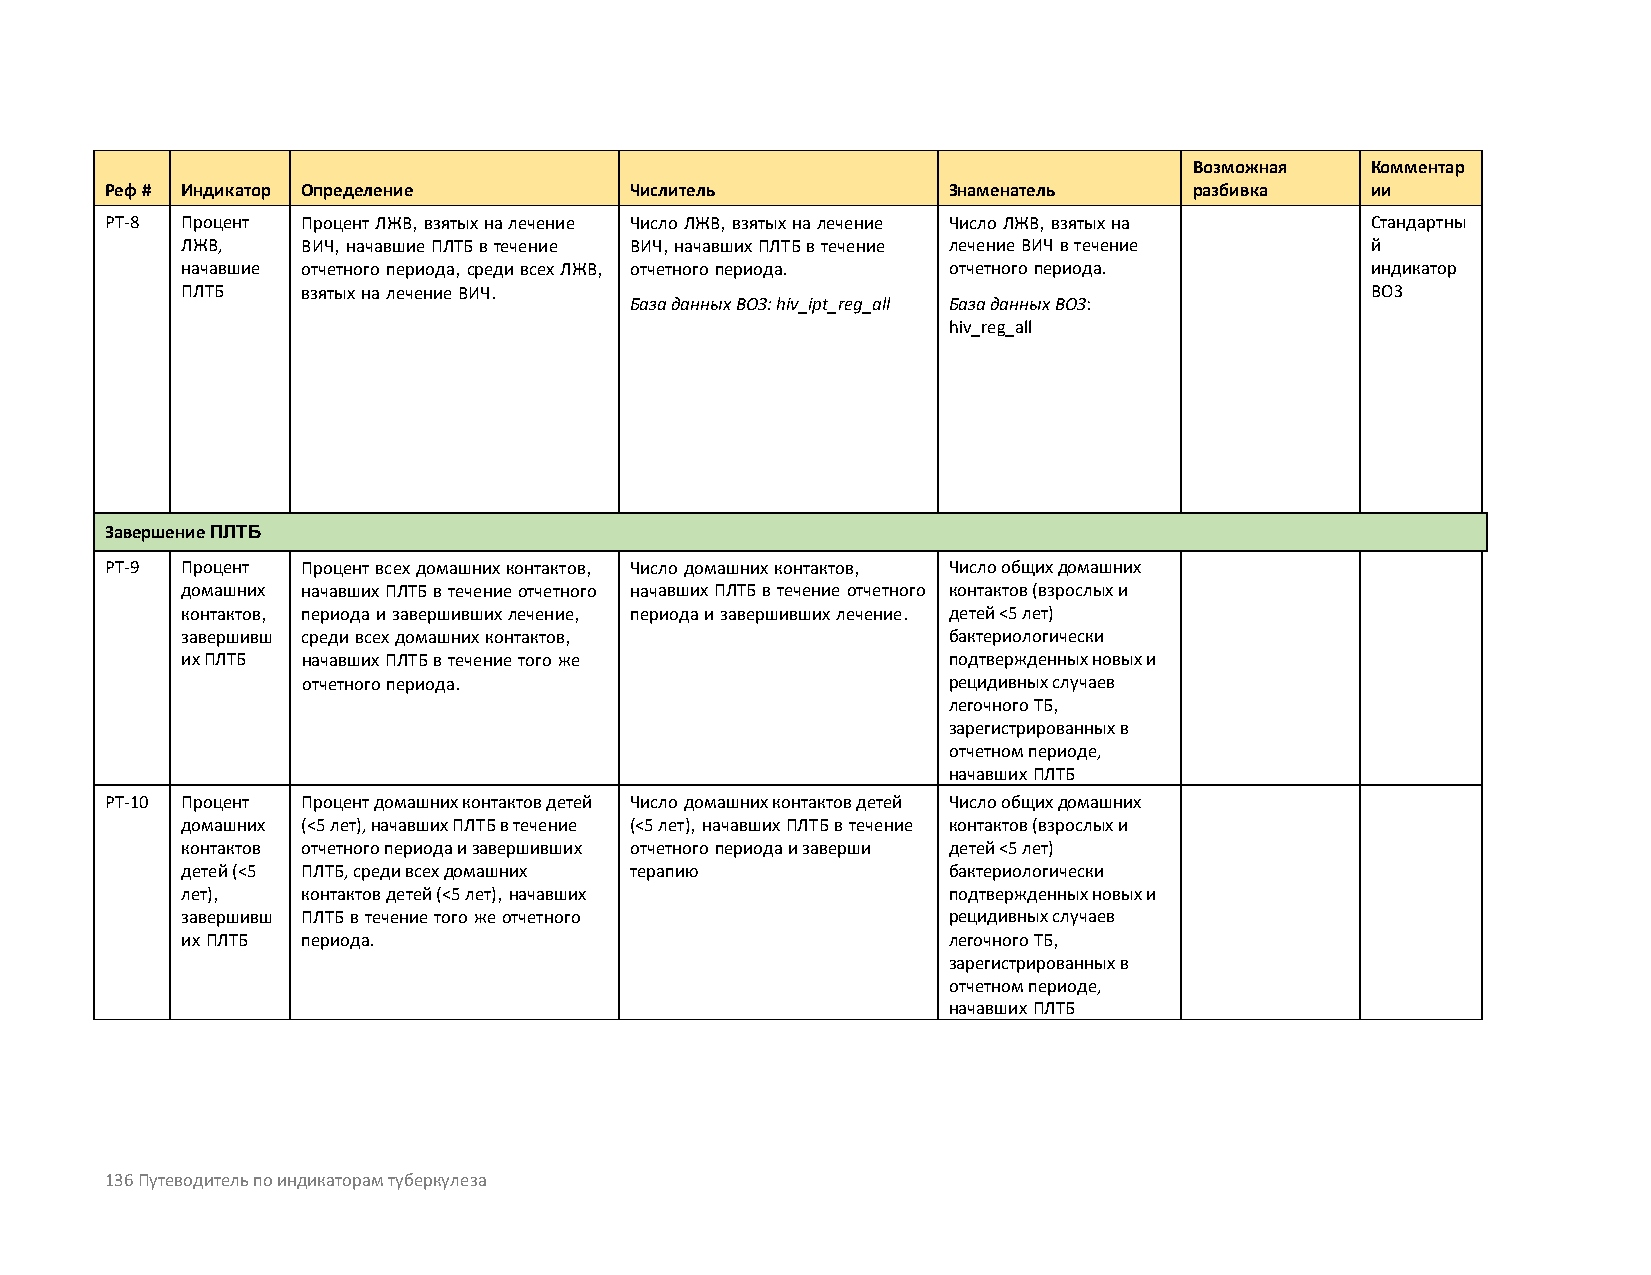
Возможная   Комментар
 Реф # Индикатор Определение        Числитель            Знаменатель     разбивка    ии
 PT-8 Процент Процент ЛЖВ, взятых на лечение Число ЛЖВ, взятых на лечение Число ЛЖВ, взятых на Стандартны
 ЛЖВ,    ВИЧ, начавшие ПЛТБ в течение ВИЧ, начавших ПЛТБ в течение лечение ВИЧ в течение й
 начавшие отчетного периода, среди всех ЛЖВ, отчетного периода. отчетного периода. индикатор
 ПЛТБ    взятых на лечение ВИЧ.                                                 ВОЗ
 База данных ВОЗ: hiv_ipt_reg_all База данных ВОЗ:
 hiv_reg_all
 Завершение ПЛТБ
 PT-9 Процент Процент всех домашних контактов, Число домашних контактов, Число общих домашних
 домашних начавших ПЛТБ в течение отчетного начавших ПЛТБ в течение отчетного контактов (взрослых и
 контактов, периода и завершивших лечение, периода и завершивших лечение. детей <5 лет)
 завершивш среди всех домашних контактов,           бактериологически
 их ПЛТБ начавших ПЛТБ в течение того же            подтвержденных новых и
 отчетного периода.                         рецидивных случаев
 легочного ТБ,
 зарегистрированных в
 отчетном периоде,
 начавших ПЛТБ
 PT-10 Процент Процент домашних контактов детей Число домашних контактов детей Число общих домашних
 домашних (<5 лет), начавших ПЛТБ в течение (<5 лет), начавших ПЛТБ в течение контактов (взрослых и
 контактов отчетного периода и завершивших отчетного периода и заверши детей <5 лет)
 детей (<5 ПЛТБ, среди всех домашних терапию        бактериологически
 лет),   контактов детей (<5 лет), начавших         подтвержденных новых и
 завершивш ПЛТБ в течение того же отчетного         рецидивных случаев
 их ПЛТБ периода.                                   легочного ТБ,
 зарегистрированных в
 отчетном периоде,
 начавших ПЛТБ
 136 Путеводитель по индикаторам туберкулеза